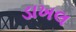
ડાખલ